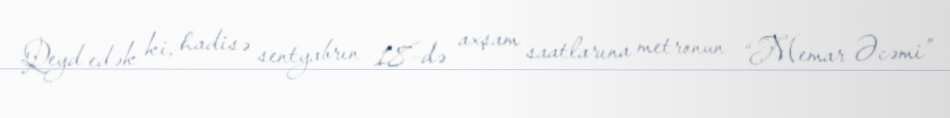
Qeyd edək ki, hadisə sentyabrın 18-də axşam saatlarına metronun “Memar Əcəmi”